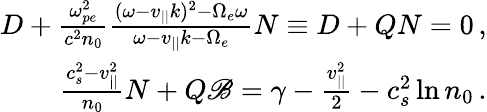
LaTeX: \begin{array}{r}{D+\frac{\omega_{pe}^{2}}{c^{2}n_{0}}\frac{(\omega-v_{||}k)^{2}-\Omega_{e}\omega}{\omega-v_{||}k-\Omega_{e}}N\equiv D+QN=0\, ,}\\ {\frac{c_{s}^{2}-v_{||}^{2}}{n_{0}}N+Q\mathscr{B}=\gamma-\frac{v_{||}^{2}}{2}-c_{s}^{2}\ln n_{0}\, .}\end{array}